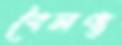
বৈলণ্য